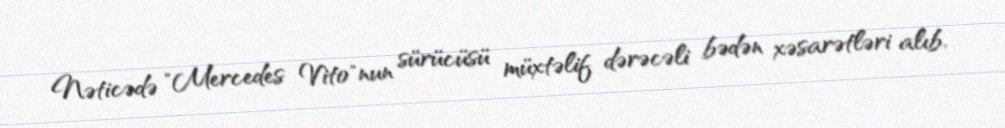
Nəticədə "Mercedes Vito"nun sürücüsü müxtəlif dərəcəli bədən xəsarətləri alıb,